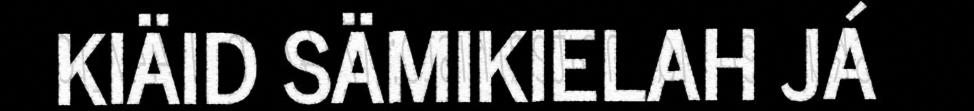
KIÄID SÄMIKIELAH JÁ